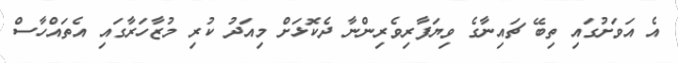
އެ އަވަށުގައި ތިބޭ ޗައިނާގެ ވިޔަފާރިވެރިންނާ ދެކޮޅަށް މިއަދު ކުރި މުޒާހަރާގައި އެތައްހާސް